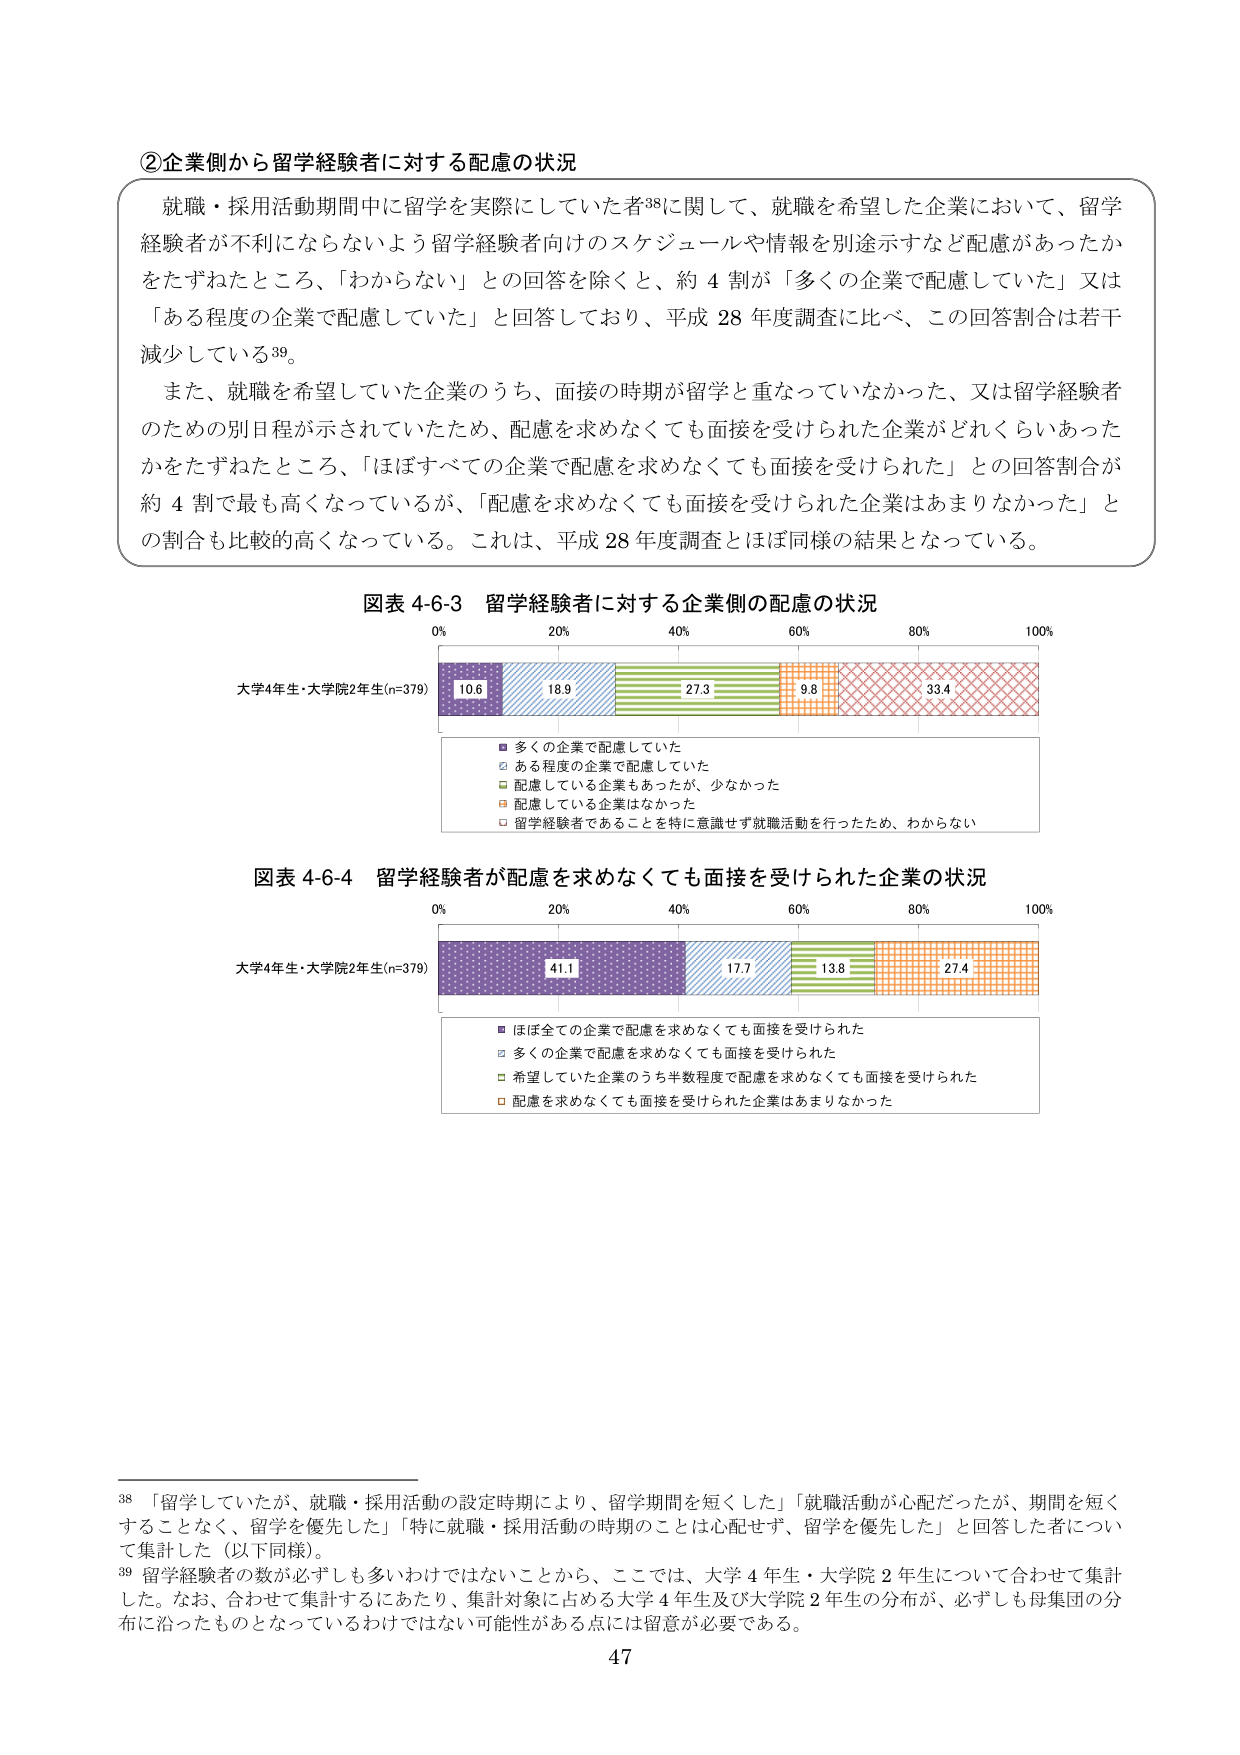
②企業側から留学経験者に対する配慮の状況

就職・採用活動期間中に留学を実際にしていた者38に関して、就職を希望した企業において、留学経験者が不利にならないよう留学経験者向けのスケジュールや情報を別途示すなど配慮があったかをたずねたところ、「わからない」との回答を除くと、約4割が「多くの企業で配慮していた」又は「ある程度の企業で配慮していた」と回答しており、平成28年度調査に比べ、この回答割合は若干減少している39。

また、就職を希望していた企業のうち、面接の時期が留学と重なっていなかった、又は留学経験者のための別日程が示されていたため、配慮を求めなくても面接を受けられた企業がどれくらいあったかをたずねたところ、「ほぼすべての企業で配慮を求めなくても面接を受けられた」との回答割合が約4割で最も高くなっているが、「配慮を求めなくても面接を受けられた企業はあまりなかった」との割合も比較的高くなっている。これは、平成28年度調査とほぼ同様の結果となっている。

図表4-6-3 留学経験者に対する企業側の配慮の状況

大学4年生・大学院2年生(n=379)

0% 20% 40% 60% 80% 100%

10.6 18.9 27.3 9.8 33.4

■ 多くの企業で配慮していた
□ ある程度の企業で配慮していた
■ 配慮している企業もあったが、少なかった
□ 配慮している企業はなかった
□ 留学経験者であることを特に意識せず就職活動を行ったため、わからない

図表4-6-4 留学経験者が配慮を求めなくても面接を受けられた企業の状況

大学4年生・大学院2年生(n=379)

0% 20% 40% 60% 80% 100%

41.1 17.7 13.8 27.4

■ ほぼ全ての企業で配慮を求めなくても面接を受けられた
□ 多くの企業で配慮を求めなくても面接を受けられた
■ 希望していた企業のうち半数程度で配慮を求めなくても面接を受けられた
□ 配慮を求めなくても面接を受けられた企業はあまりなかった

38 「留学していたが、就職・採用活動の設定時期により、留学期間を短くした」「就職活動が心配だったが、期間を短くすることなく、留学を優先した」「特に就職・採用活動の時期のことは心配せず、留学を優先した」と回答した者について集計した（以下同様）。

39 留学経験者の数が必ずしも多いわけではないことから、ここでは、大学4年生・大学院2年生について合わせて集計した。なお、合わせて集計するにあたり、集計対象に占める大学4年生及び大学院2年生の分布が、必ずしも母集団の分布に沿ったものとなっているわけではない可能性がある点には留意が必要である。

47